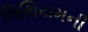
લિથિયમની